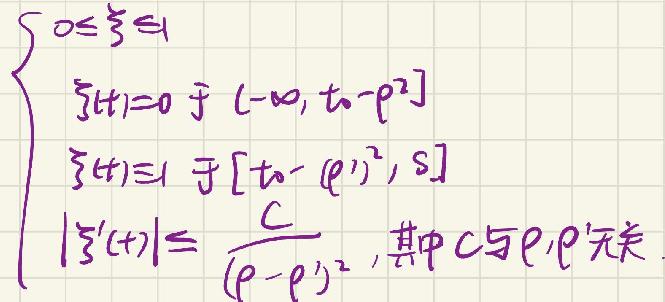
\[
\begin{cases}
0 \leq \xi \leq 1 \\
\xi(t)=0 \text{ 于 } (-\infty, t - \rho^{2}] \\
\xi(t)=1 \text{ 于 } [t - (\rho')^{2}, s] \\
|\xi'(t)| \leq \frac{C}{(\rho - \rho')^{2}}, \text{其中 } C \text{ 与 } \rho, \rho' \text{ 无关}
\end{cases}
\]